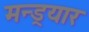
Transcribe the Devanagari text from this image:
मन्ड्रयार